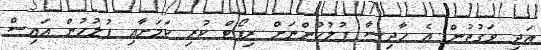
އަދި ވަގުތުން އެ ހާދިސާ ފުލުހުންނަށް ރިޕޯޓް ކުރި ކަމަށާއި ފުލުހުން އައިސް